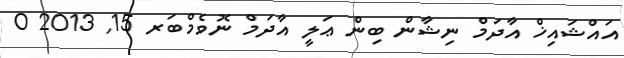
އައްޝައިޚް އާދަމް ނިޝާން ބިން ޢަލީ އާދަމް ނޮވެމްބަރ 15